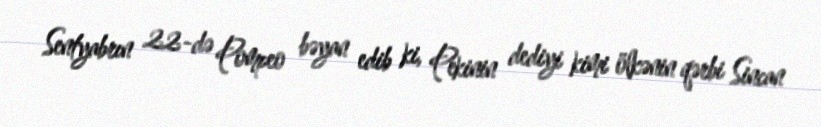
Sentyabrın 22-də Pompeo bəyan edib ki, Pekinin dediyi kimi ölkənin qərbi Sincan